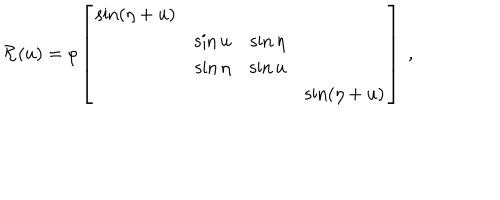
LaTeX: { \cal R } ( u ) = \rho \left[ \begin{array} { c c c c } { { \sin ( \eta + u ) } } & { { } } & { { } } & { { } } \\ { { } } & { { \sin u } } & { { \sin \eta } } & { { } } \\ { { } } & { { \sin \eta } } & { { \sin u } } & { { } } \\ { { } } & { { } } & { { } } & { { \sin ( \eta + u ) } } \\ \end{array} \right] ~ ,